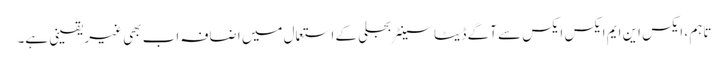
تاہم ، ایکس این ایم ایکس ایکس سے آگے ڈیٹا سینٹر بجلی کے استعمال میں اضافہ اب بھی غیر یقینی ہے۔